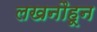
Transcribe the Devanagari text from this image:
लखनौहून